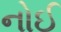
નોઈ